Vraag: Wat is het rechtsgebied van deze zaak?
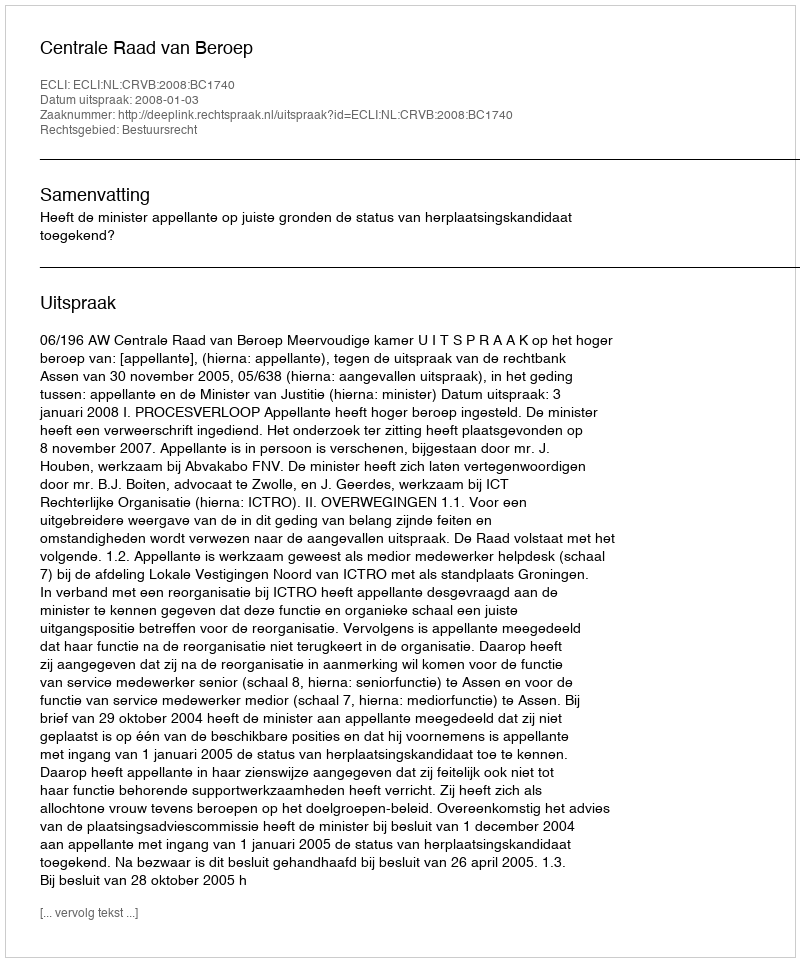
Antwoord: Bestuursrecht